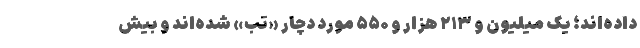
داده‌اند؛ یک میلیون و ۲۱۳ هزار و ۵۵۰ مورد دچار «تب» شده‌اند و بیش